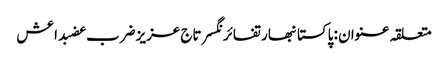
متعلقہ عنوان : پاکستانبھارتفائرنگسرتاج عزیزضرب عضبداعش